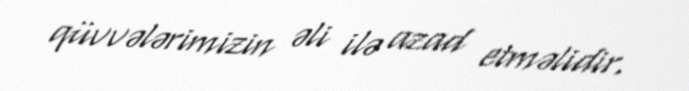
qüvvələrimizin əli ilə azad etməlidir.